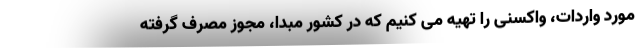
مورد واردات، واکسنی را تهیه می کنیم که در کشور مبدا، مجوز مصرف گرفته